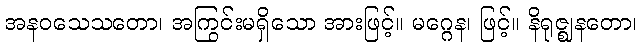
အနဝသေသတော၊ အကြွင်းမရှိသော အားဖြင့်။ မဂ္ဂေန၊ ဖြင့်။ နိရုဇ္ဈနတော၊